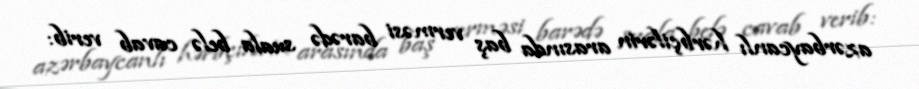
azərbaycanlı hərbçilərin arasında baş verməsi barədə suala belə cavab verib: